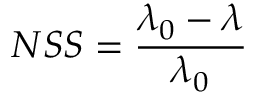
N S S = \frac { \lambda _ { 0 } - \lambda } { \lambda _ { 0 } }